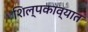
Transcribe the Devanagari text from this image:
शिल्पकाव्यात